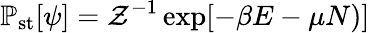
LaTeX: \mathbb{P}_{\mathrm{st}}[\psi]=\mathcal{Z}^{-1}\exp[{-\beta E-\mu N)}]